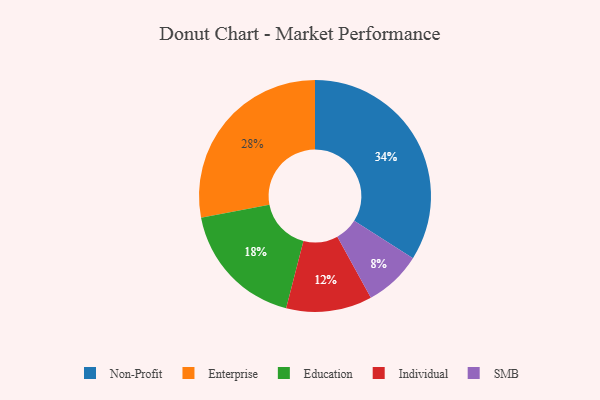
{"axis": {"x": "Category", "y": "Percentage"}, "legend": ["Education", "Enterprise", "Individual", "Non-Profit", "SMB"], "data": [{"x": "Education", "y": 18, "type": "Education"}, {"x": "Non-Profit", "y": 34, "type": "Non-Profit"}, {"x": "SMB", "y": 8, "type": "SMB"}, {"x": "Individual", "y": 12, "type": "Individual"}, {"x": "Enterprise", "y": 28, "type": "Enterprise"}]}